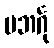
ပဘင်္ဂု